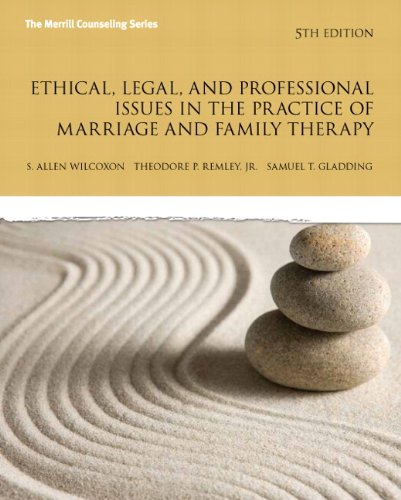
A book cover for Ethical, Legal, and Professional Issues in the Practice of Marriage and Family Therapy, Updated (5th Edition) (New 2013 Counseling Titles); Allen P Wilcoxon; Medical Books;